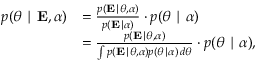
{ \begin{array} { r l } { p ( { \boldsymbol { \theta } } \mid \mathbf { E } , { \boldsymbol { \alpha } } ) } & { = { \frac { p ( \mathbf { E } \mid { \boldsymbol { \theta } } , { \boldsymbol { \alpha } } ) } { p ( \mathbf { E } \mid { \boldsymbol { \alpha } } ) } } \cdot p ( { \boldsymbol { \theta } } \mid { \boldsymbol { \alpha } } ) } \\ & { = { \frac { p ( \mathbf { E } \mid { \boldsymbol { \theta } } , { \boldsymbol { \alpha } } ) } { \int p ( \mathbf { E } \mid { \boldsymbol { \theta } } , { \boldsymbol { \alpha } } ) p ( { \boldsymbol { \theta } } \mid { \boldsymbol { \alpha } } ) \, d { \boldsymbol { \theta } } } } \cdot p ( { \boldsymbol { \theta } } \mid { \boldsymbol { \alpha } } ) , } \end{array} }